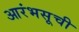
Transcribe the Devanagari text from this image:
आरंभसूची